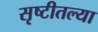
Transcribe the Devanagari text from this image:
सृष्टीतल्या